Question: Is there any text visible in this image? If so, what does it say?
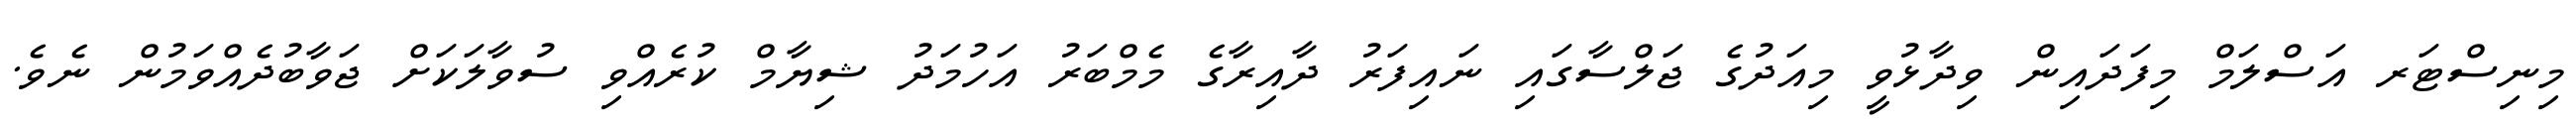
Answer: މިނިސްޓަރ އަސްލަމް މިފަދައިން ވިދާޅުވީ މިއަދުގެ ޖަލްސާގައި ނައިފަރު ދާއިރާގެ މެމްބަރު އަހުމަދު ޝިޔާމް ކުރެއްވި ސުވާލަކަށް ޖަވާބުދެއްވަމުން ނެވެ.